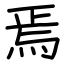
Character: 焉